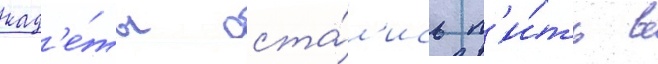
кад'е́ты оста́л'ись п'и́ть в